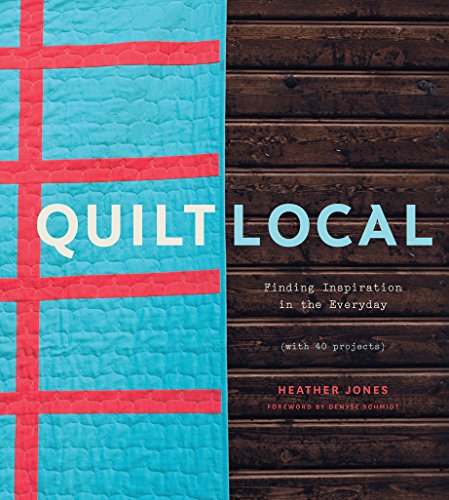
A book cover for Quilt Local: Finding Inspiration in the Everyday (with 40 Projects); Heather Jones; Crafts, Hobbies & Home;